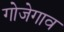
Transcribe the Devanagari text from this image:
गोजेगाव